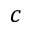
c